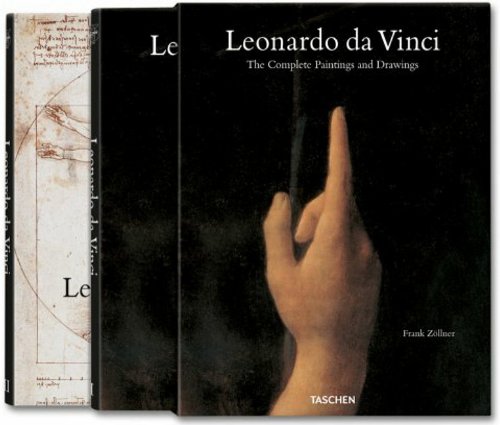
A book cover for Leonardo da Vinci; Frank ZÃ¶llner; Arts & Photography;